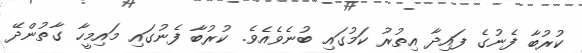
ކުރުބާ ފެނުގެ ފައިދާ އިތުރު ކަމުގައި ބުނެވެއެވެ. ކުރުބާ ފެނުގައި މައިމީހާ ގާތުންދޭ